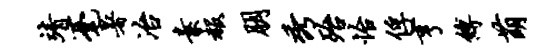
靖毫暑冶素赧朋秀殆怡俘亨缚萌